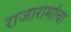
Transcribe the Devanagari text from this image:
राजारामांचा